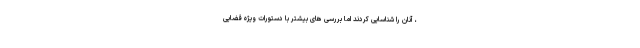
، آنان را شناسایی کردند اما بررسی های بیشتر با دستورات ویژه قضایی